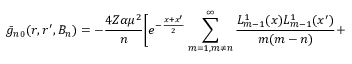
\bar { g } _ { n 0 } ( r , r ^ { \prime } , B _ { n } ) = - \frac { 4 Z \alpha \mu ^ { 2 } } { n } \Biggl [ e ^ { - \frac { x + x ^ { \prime } } { 2 } } \sum _ { m = 1 , m \neq n } ^ { \infty } \frac { L _ { m - 1 } ^ { 1 } ( x ) L _ { m - 1 } ^ { 1 } ( x ^ { \prime } ) } { m ( m - n ) } +